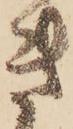
き